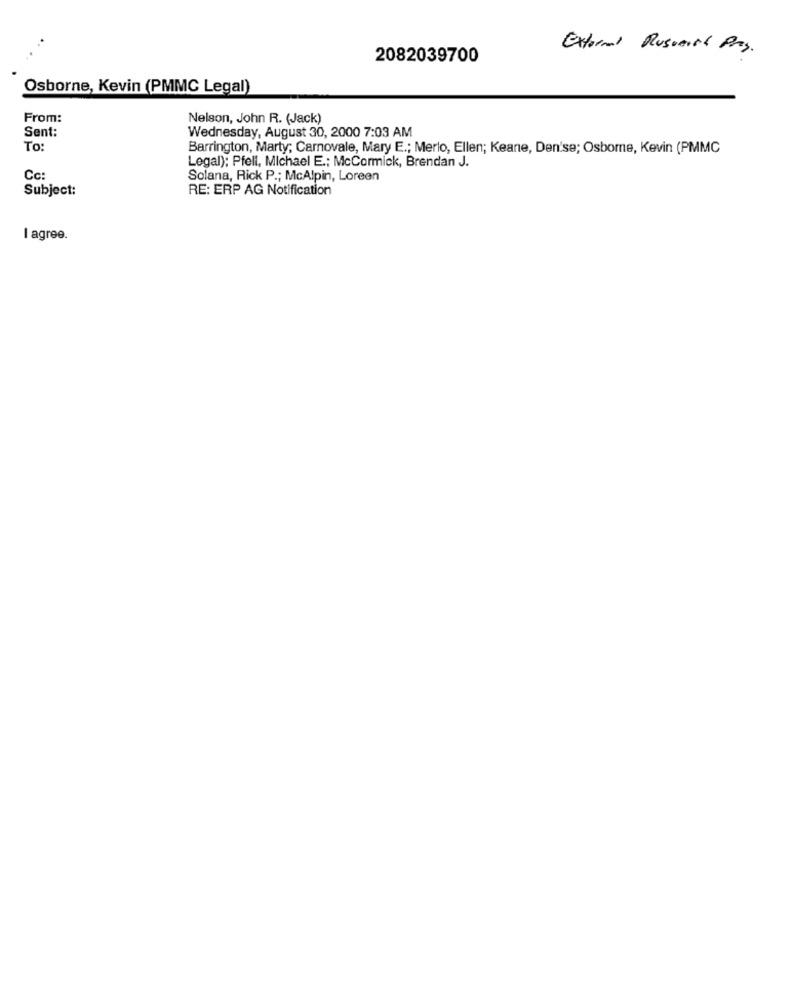
External Ruswith Pay.
2082039700
Osborne, Kevin (PMMC Legal)
From:
Nelson, John R. (Jack)
Sent:
Wednesday, August 30, 2000 7:03 AM
To
Barrington, Marty; Carnovale, Mary E .; Merlo, Ellen; Keane, Den'se; Osborne, Kevin (PMMC
Legal): Pfell, Michael E .; McCormick, Brendan J.
Cc:
Solana, Rick P .; McAlpin, Loreen
Subject:
RE: ERP AG Notification
I agree.